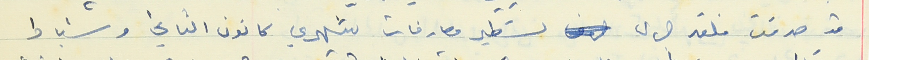
قد صدقت فلقد جرى تستطير مصارفات بشهري كانون الثاني وشباط